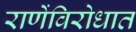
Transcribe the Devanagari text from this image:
राणेंविरोधात